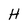
Character: H